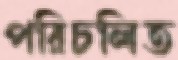
পরিচলিত